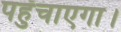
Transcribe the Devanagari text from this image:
पहुँचाएगा।